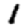
Digit: 1